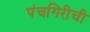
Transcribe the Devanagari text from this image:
पंचगिरीची